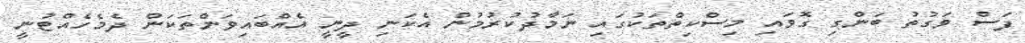
ފަސް ވަގުތު ބަންގި ގޮވައި މިސްކިތްތަކުގައި ނަމާދުކުރުމުން އެކަނި ދީނީ އެއްބައިވަންތަކަން ދެމެހެއްޓުނީ